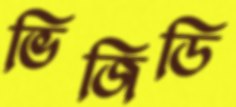
ভিজিডি